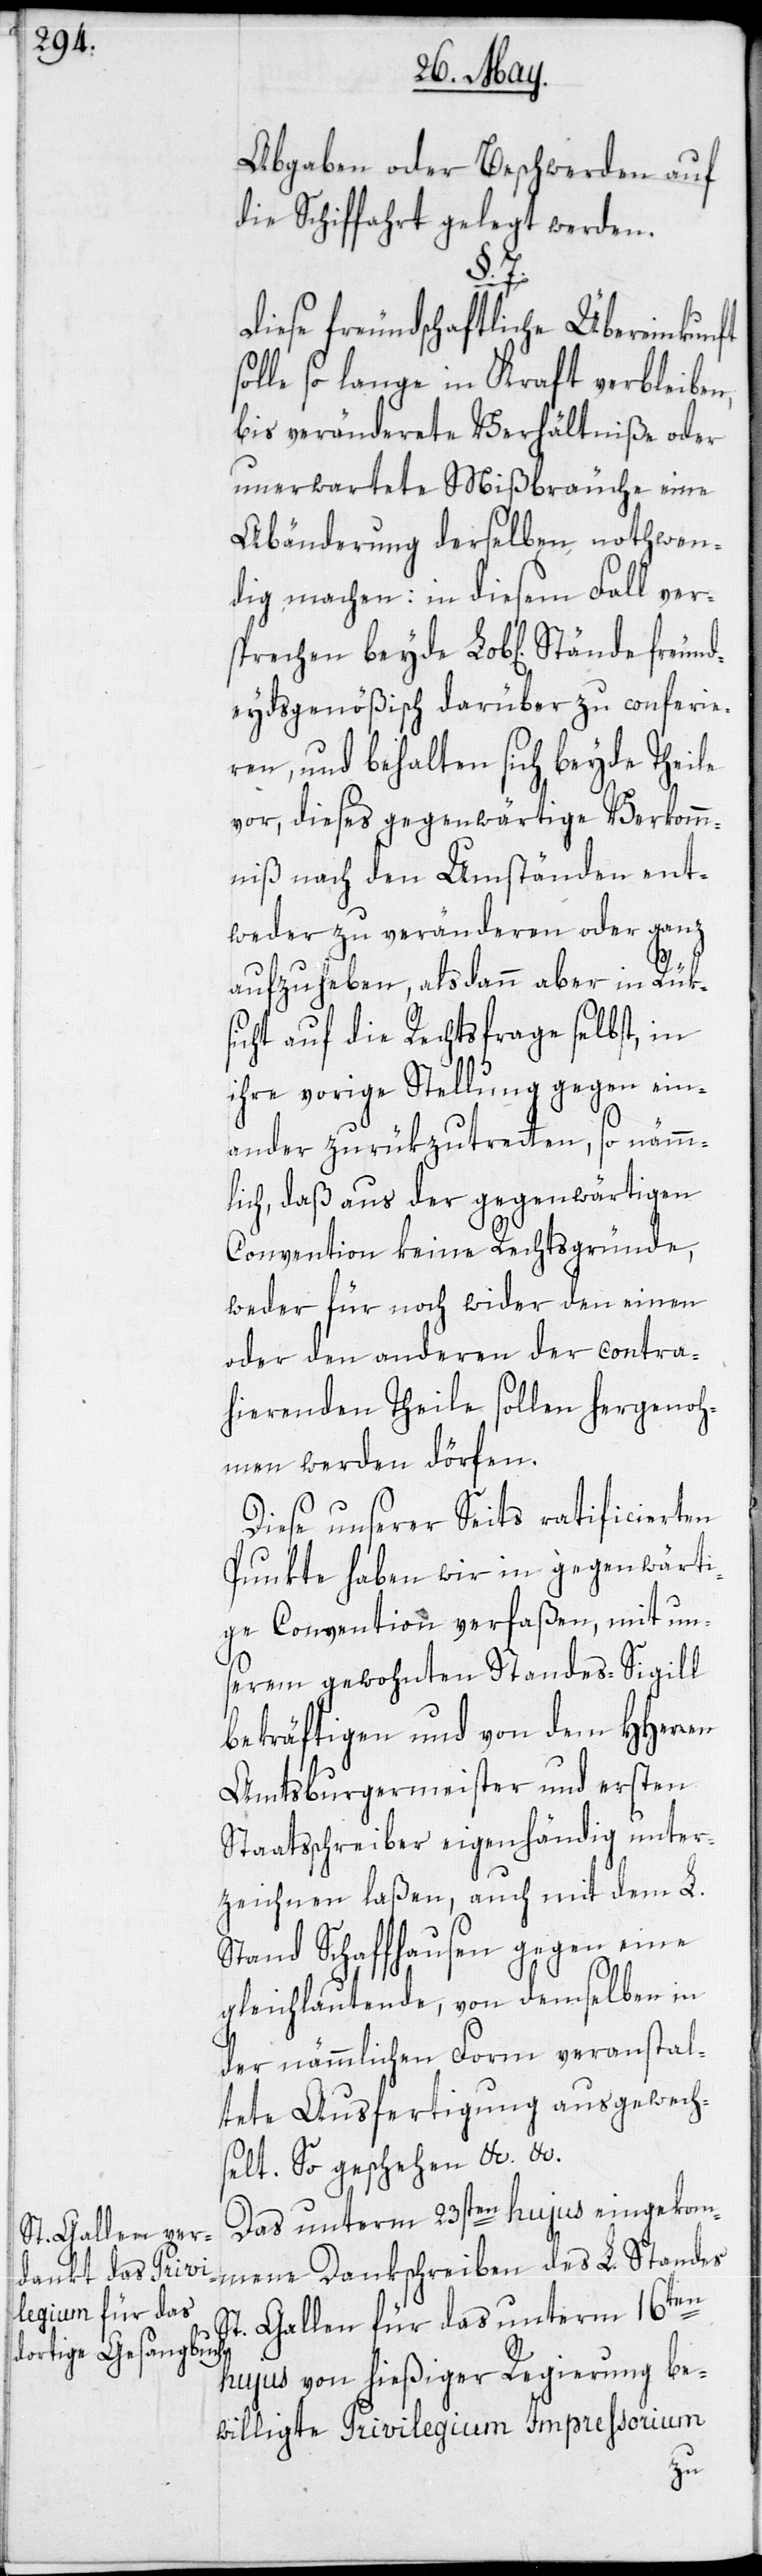
fr¬

Abgaben oder Beschwerden auf
die Schiffahrt gelegt werden.
7.
Diese freundschaftliche Übereinkunft
solle so lange in Kraft verbleiben,
bis veränderete Verhältniße oder
unerwartete Mißbräuche eine
Abänderung derselben nothwen¬
dig machen: in diesem Fall ver¬
sprechen beyde Lob[lichen] Stände
deydsgenößisch darüber zu conferie¬
ren, und behalten sich beyde Theile
vor, dieses gegenwärtige Verkomm¬
niß nach den Umständen ent¬
weder zu veränderen oder ganz
aufzuheben, alsdann aber in Rüks¬
icht auf die Rechtsfrage selbst, in
ihre vorige Stellung gegen ein¬
ander zurükzutretten, so nämm¬
lich, daß aus der gegenwärtigen
Convention keine Rechtsgründe,
weder für noch wider den einen
oder den anderen der contra¬
hierenden Theile sollen hergenoh¬
men werden dörfen.
Diese unserer Seits ratificierten
Punkte haben wir in gegenwärti¬
ge Convention verfaßen, mit un¬
serem gewohnten Standes-Sigill
bekräftigen und von dem HHerren
Amtsburgermeister und ersten
Staatsschreiber eigenhändig unter¬
zeichnen laßen, auch mit dem L.
Stand Schaffhausen gegen eine
gleichlautende, von demselben in
der nämmlichen Form veranstal¬
tete Ausfertigung ausgewech¬
selt. So geschehen etc. etc.
Das unterm 23sten hujus eingekom¬
mene Dankschreiben des L. Standes
St. Gallen für das unterm 16ten
hujus von hießiger Regierung be¬
willigte Privilegium Impressorium
eun¬